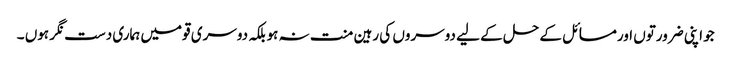
جو اپنی ضرورتوں اورمسائل کے حل کے لیے دوسروں کی رہین منت نہ ہوبلکہ دوسری قومیں ہماری دست نگر ہوں ۔